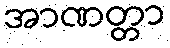
အာဏတ္တာ